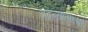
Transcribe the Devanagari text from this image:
पदन्यासाचा